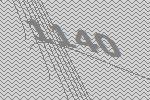
1140